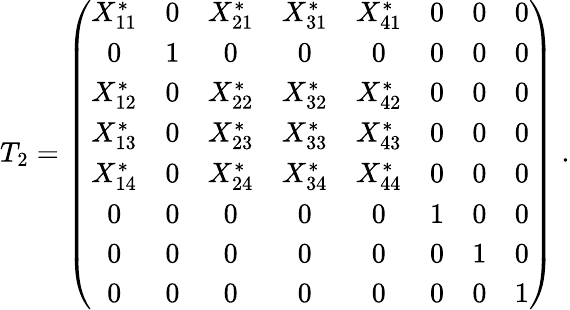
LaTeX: T_{2}=\left(\begin{array}{cccccccc}{{X_{11}^{*}}}&{{0}}&{{X_{21}^{*}}}&{{X_{31}^{*}}}&{{X_{41}^{*}}}&{{0}}&{{0}}&{{0}}\\ {{0}}&{{1}}&{{0}}&{{0}}&{{0}}&{{0}}&{{0}}&{{0}}\\ {{X_{12}^{*}}}&{{0}}&{{X_{22}^{*}}}&{{X_{32}^{*}}}&{{X_{42}^{*}}}&{{0}}&{{0}}&{{0}}\\ {{X_{13}^{*}}}&{{0}}&{{X_{23}^{*}}}&{{X_{33}^{*}}}&{{X_{43}^{*}}}&{{0}}&{{0}}&{{0}}\\ {{X_{14}^{*}}}&{{0}}&{{X_{24}^{*}}}&{{X_{34}^{*}}}&{{X_{44}^{*}}}&{{0}}&{{0}}&{{0}}\\ {{0}}&{{0}}&{{0}}&{{0}}&{{0}}&{{1}}&{{0}}&{{0}}\\ {{0}}&{{0}}&{{0}}&{{0}}&{{0}}&{{0}}&{{1}}&{{0}}\\ {{0}}&{{0}}&{{0}}&{{0}}&{{0}}&{{0}}&{{0}}&{{1}}\end{array}\right)\; .